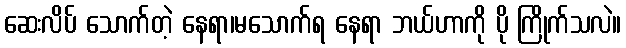
ဆေးလိပ် သောက်တဲ့ နေရာ၊မသောက်ရ နေရာ ဘယ်ဟာကို ပို ကြိုက်သလဲ။